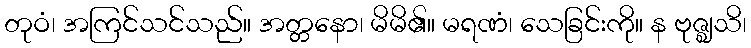
တုဝံ၊ အကြင်သင်သည်။ အတ္တနော၊ မိမိ၏။ မရဏံ၊ သေခြင်းကို။ န ဗုဇ္ဈသိ၊